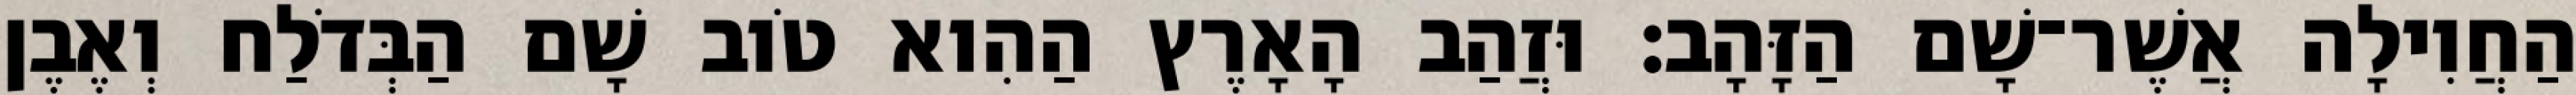
הַחֲוִילָה אֲשֶׁר־שָׁם הַזָּהָב׃ וּזֲהַב הָאָרֶץ הַהִוא טֹוב שָׁם הַבְּדֹלַח וְאֶבֶן